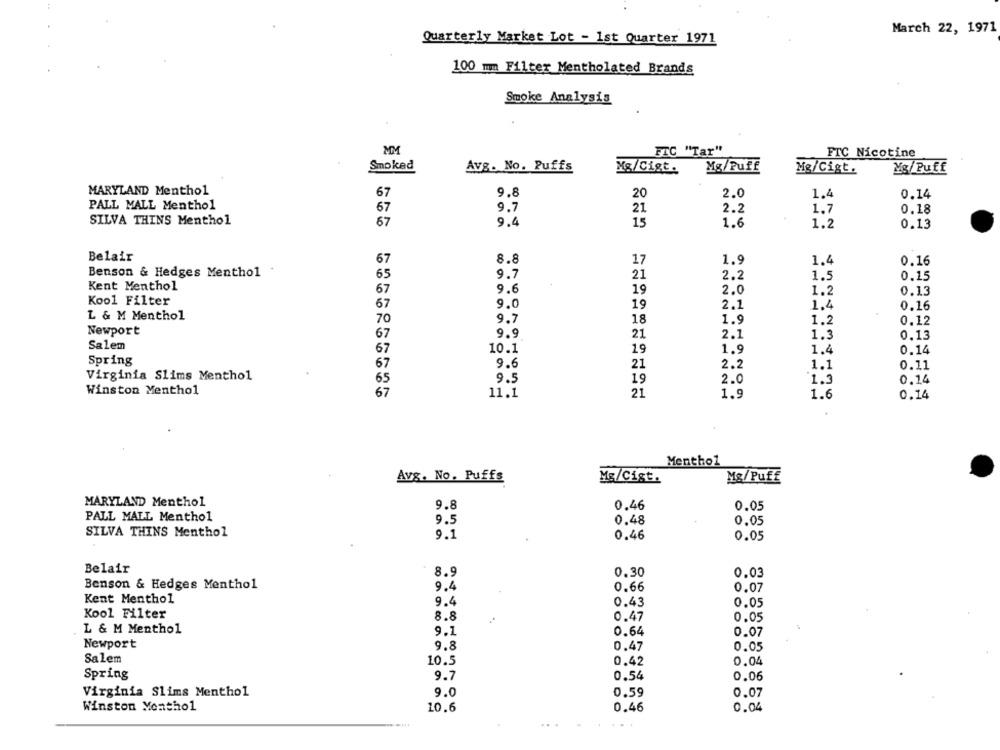
March 22, 1971
Quarterly Market Lot - 1st Quarter 1971
100 mm Filter Mentholated Brands
Smoke Analysis
MM
FTC "Tar"
FTC Nicotine
Smoked
Avg. No. Puffs
Mg/Cigt.
Mg/Puff
Mg/Cigt.
Mg/Puff
MARYLAND Menthol
67
9.8
20
2.0
1.4
0.14
PALL MALL Menthol
67
9.7
2.2
1.7
0.18
21
SILVA THINS Menthol
67
9.4
15
1.6
1.2
0.13
Belair
67
8.8
17
1.9
1.4
0.16
Benson & Hedges Menthol
65
9.7
21
2.2
1.5
0.15
Kent Menthol
67
9.6
19
2.0
1.2
0.13
Kool Filter
67
9.0
19
2.1
1.4
0.16
L & M Menthol
70
9.7
18
1.9
1.2
0.12
Newport
67
9.9
21
2.1
1.3
0.13
Salem
67
10.1
19
1.9
1.4
0.14
Spring
67
9.6
21
2.2
1.1
0.11
Virginia Slims Menthol
65
9.5
19
2.0
1.3
0.14
Winston Menthol
67
11.1
21
1.9
1.6
0.14
Menthol
Avg. No. Puffs
Mg/Cist.
Mg/Puff
MARYLAND Menthol
9.8
0.46
0.05
PALL MALL Menthol
9.5
0.48
0.05
SILVA THINS Menthol
9.1
0.46
0.05
Belair
8.9
0.30
0.03
Benson & Hedges Menthol
9.4
0.66
0.07
Kent Menthol
9.4
0.43
0.05
Kool Filter
8.8
0.47
0.05
L & M Menthol
9.1
0.64
0.07
Newport
9.8
0.47
0.05
Salem
10.5
0.04
0.42
Spring
0.54
0.06
9.7
Virginia Slims Menthol
9.0
0.59
0.07
Winston Monthol
10.6
0.46
0.04